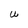
Character: U